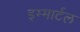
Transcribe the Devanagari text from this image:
इम्मार्टल